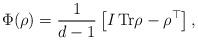
LaTeX: \begin{align*}\Phi (\rho )=\frac{1}{d-1}\left[ I\,\mathrm{Tr}\rho -\rho ^{\top }\right] ,\end{align*}